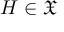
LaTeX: H \in { \mathfrak { X } }